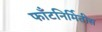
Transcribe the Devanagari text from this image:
फाँटनिर्मितीस